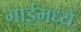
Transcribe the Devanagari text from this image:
गाईमध्यें